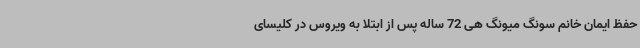
حفظ ایمان خانم سونگ میونگ هی 72 ساله پس از ابتلا به ویروس در کلیسای